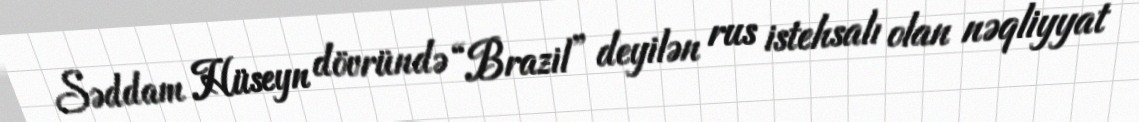
Səddam Hüseyn dövründə “Brazil” deyilən rus istehsalı olan nəqliyyat